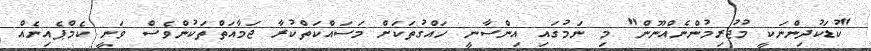
"ކުޑަކުދިންނަކީ މުޖުރިމުންނެއްނޫން" މި ނަމުގައި އިންސާނީ ހައްގުތަކަށް މަސައްކަތްކުރާ ޖަމާއަތްތަކުންވެސް ވަނީ ކެމްޕެއިނެއް